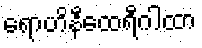
ရောဟိနီထေရီဂါထာ